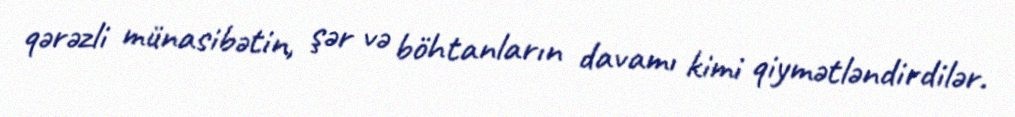
qərəzli münasibətin, şər və böhtanların davamı kimi qiymətləndirdilər.